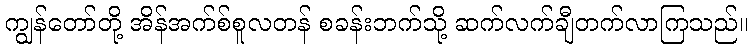
ကျွန်တော်တို့ အိန်အက်စ်စူလတန် စခန်းဘက်သို့ ဆက်လက်ချီတက်လာကြသည်။